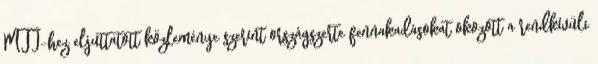
MTI-hez eljuttatott közleménye szerint országszerte fennakadásokat okozott a rendkívüli